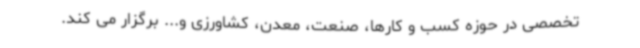
تخصصی در حوزه کسب و کارها، صنعت، معدن، کشاورزی و... برگزار می کند.